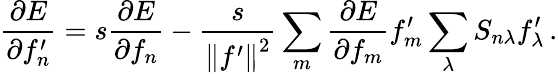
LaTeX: \frac{\partial E}{\partial f_{n}^{\prime}}=s\frac{\partial E}{\partial f_{n}}-\frac{s}{\left\Vert f^{\prime}\right\Vert^{2}}\sum_{m}\frac{\partial E}{\partial f_{m}}f_{m}^{\prime}\sum_{\lambda}S_{n\lambda}f_{\lambda}^{\prime}\, .